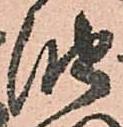
油